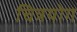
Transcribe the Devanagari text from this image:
चित्रयोग